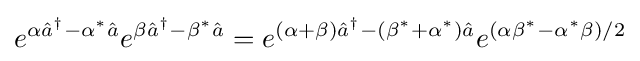
e^{\alpha {\hat {a}}^{\dagger }-\alpha ^{*}{\hat {a}}}e^{\beta {\hat {a}}^{\dagger }-\beta ^{*}{\hat {a}}}=e^{(\alpha +\beta ){\hat {a}}^{\dagger }-(\beta ^{*}+\alpha ^{*}){\hat {a}}}e^{(\alpha \beta ^{*}-\alpha ^{*}\beta )/2}